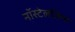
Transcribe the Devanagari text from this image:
नॉस्टेलजिया